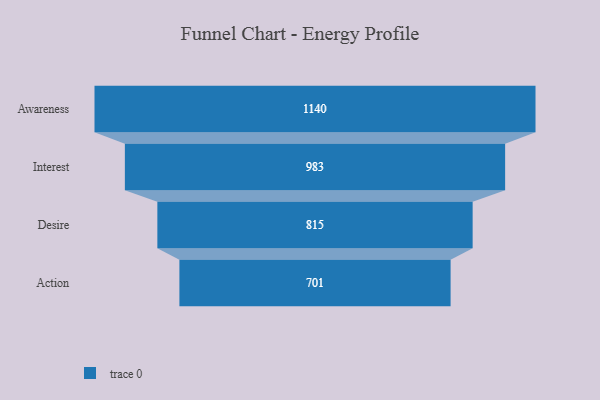
{"axis": {"x": "Stage", "y": "Value"}, "legend": [""], "data": [{"x": "Awareness", "y": 1140.0, "type": ""}, {"x": "Interest", "y": 983.0, "type": ""}, {"x": "Desire", "y": 815.0, "type": ""}, {"x": "Action", "y": 701.0, "type": ""}]}